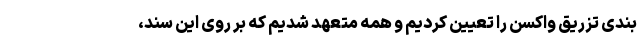
بندی تزریق واکسن را تعیین کردیم و همه متعهد شدیم که بر روی این سند،